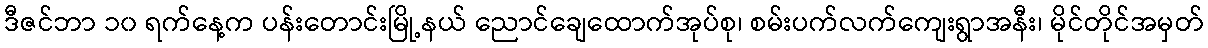
ဒီဇင်ဘာ ၁၀ ရက်နေ့က ပန်းတောင်းမြို့နယ် ညောင်ချေထောက်အုပ်စု၊ စမ်းပက်လက်ကျေးရွာအနီး၊ မိုင်တိုင်အမှတ်